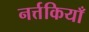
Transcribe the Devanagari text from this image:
नर्त्तकियाँ